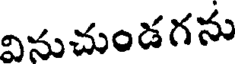
వినుచుండగను